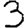
Digit: 3